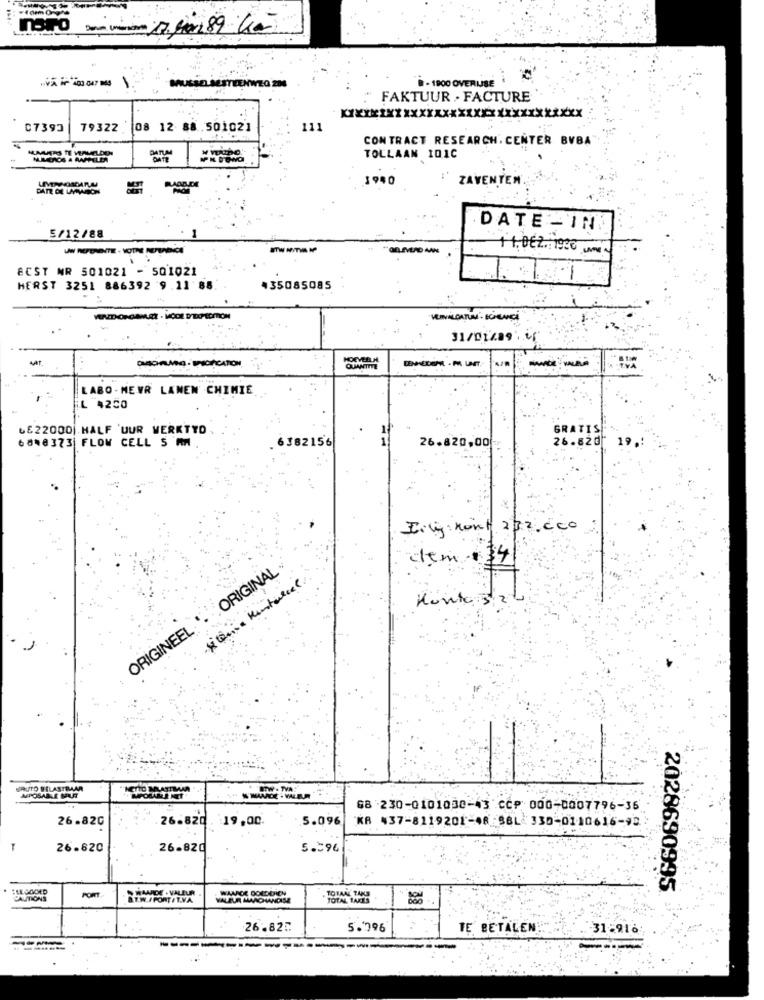
- 1900 OVERUSE
MUSSEL SESTEENWEG 20
FAKTUUR . FACTURE
07393
79322
08 12 88 .501021
111
CONTRACT RESEARCH. CENTER BVBA
TOLLAAN 101C
1940
ZAVENTEM
DATE DE LAMMASSON
DATE -IN
5/12/88
+1. DEZ. 1920 UM
ECST NR 501021 - 501021
HERST 3251 886392 9.11 88
+35085085
MUIVALDATUM . ECHANCE
31/017891.4
AAT
HOEVEELH
LABO - MEVR LANEN CHIMIE
L 4250
LE22000|.HALF 'UUR WERKTTO .
GRATIS
6848 373 FLOW CELL 5 MM
6 382156
26.820,00
26.82₫ 19 .:
Erky nont 232, cco
tem +34
ORIGINAL
Konte 52
ORIGINEEL '.
URUTO BELASTBAAR
AUSPOSAALE MALURT
#8 230-0101030-43 CCP 000-0007796-36
26.820
26.820
:19,00
5.096
KB 437-8119201-46-88L 330-0110616-93
26.820
26.820
5.596
FLEGGOED
TOTAL TANS
2028690995
CAUTIONS
PORT
VALEUR MAMAOWNOSE
TOTAL TAKES
26.827
5.996
TE BETALEN:
31-916